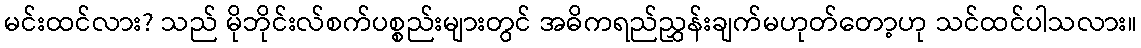
မင်းထင်လား? သည် မိုဘိုင်းလ်စက်ပစ္စည်းများတွင် အဓိကရည်ညွှန်းချက်မဟုတ်တော့ဟု သင်ထင်ပါသလား။